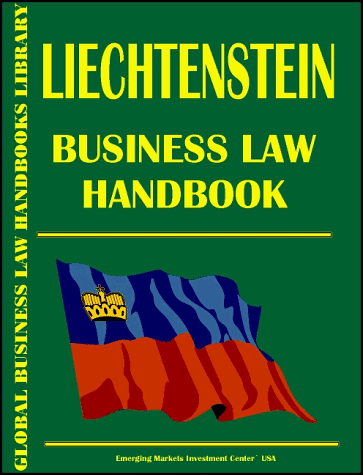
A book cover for Liechtenstein  Business Law Handbook; Ibp Usa; Travel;